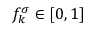
f _ { k } ^ { \sigma } \in [ 0 , 1 ]